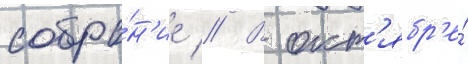
собра́н'ие // В окт'ябр'е́